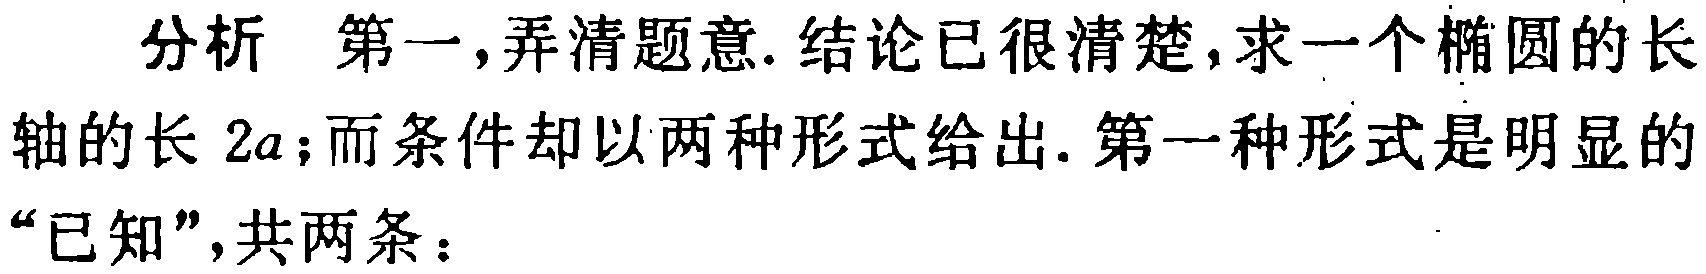
分析 第一，弄清题意. 结论已很清楚，求一个椭圆的长轴的长 \(2a\)；而条件却以两种形式给出. 第一种形式是明显的“已知”，共两条：